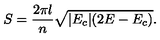
S = \frac { 2 \pi l } { n } \sqrt { | E _ { c } | ( 2 E - E _ { c } ) } .